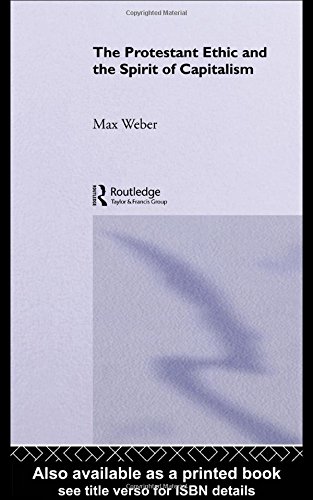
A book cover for The Protestant Ethic and the Spirit of Capitalism (Routledge Classics); Max Weber; Politics & Social Sciences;